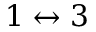
1 \leftrightarrow 3